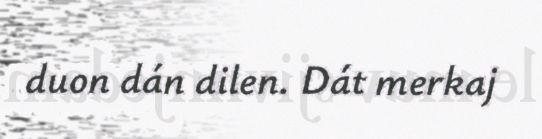
duon dán dilen. Dát merkaj